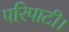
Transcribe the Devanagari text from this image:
परिपाटी।